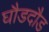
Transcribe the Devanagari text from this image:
घौडदौड